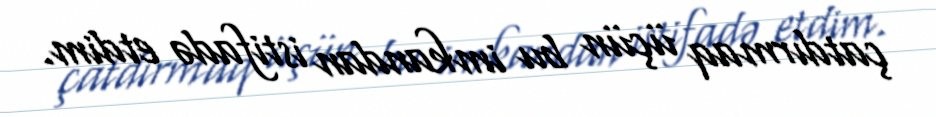
çatdırmaq üçün bu imkandan istifadə etdim.